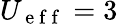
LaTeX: U_{\mathrm{~e~f~f~}}=3